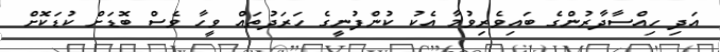
އަދި ހިއްސާދާރުންގެ ބައިވެރިވުމާ އެކު ކުންފުނީގެ ހަރަދުތައް ވީހާ ވެސް ބޮޑަށް ކުޑަކޮށް